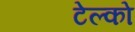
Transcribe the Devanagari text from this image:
टेल्‍को